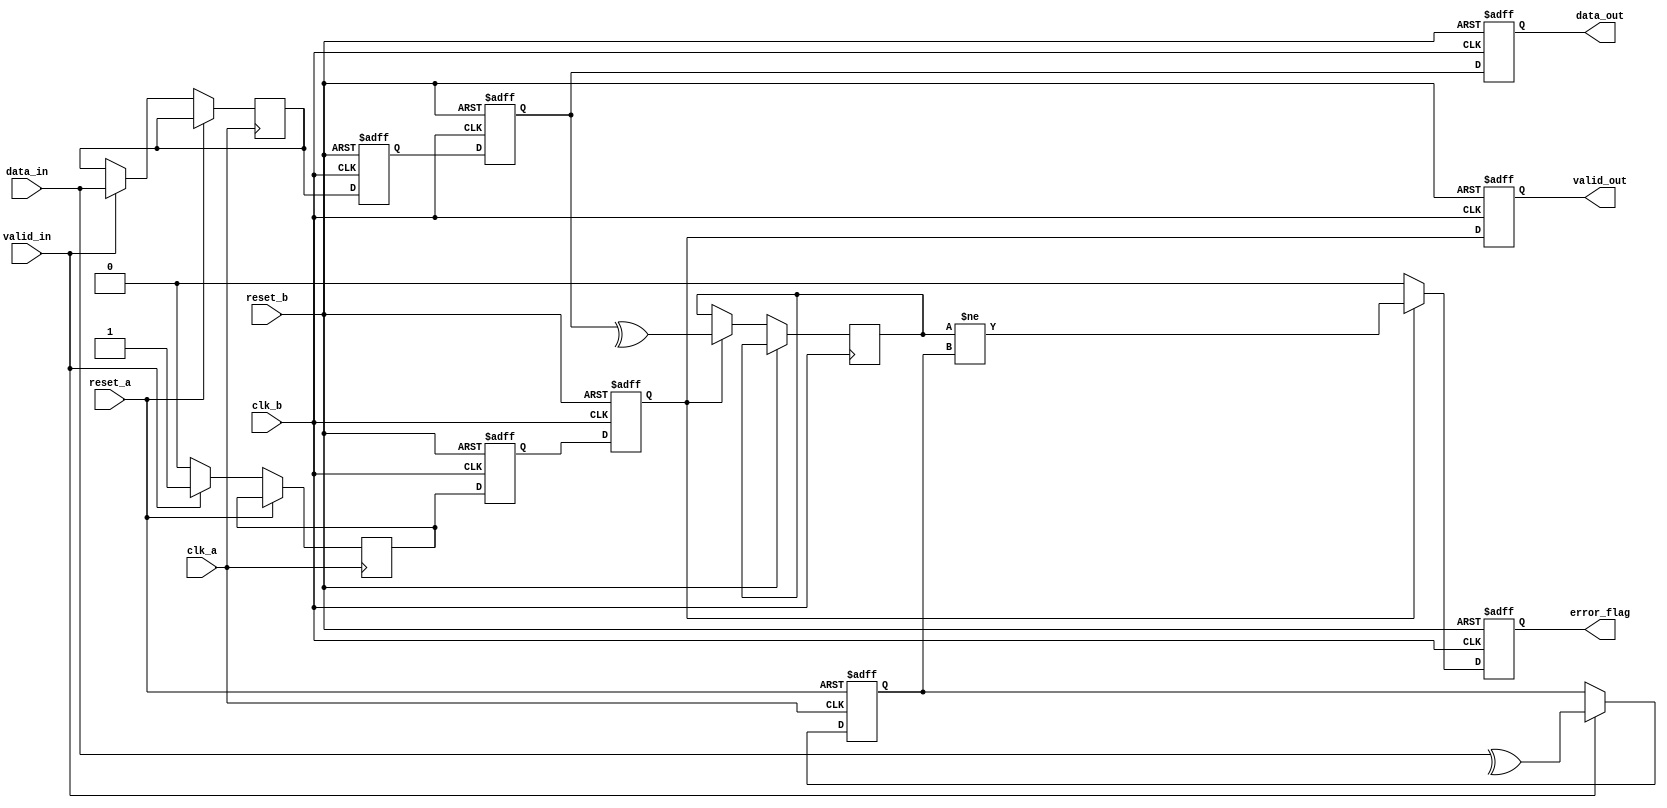
module cdc_with_error_detection #(
    parameter DATA_WIDTH = 8
)(
    input wire clk_a,                // Clock for Domain A
    input wire clk_b,                // Clock for Domain B
    input wire reset_a,              // Asynchronous reset for Domain A
    input wire reset_b,              // Asynchronous reset for Domain B
    input wire [DATA_WIDTH-1:0] data_in, // Data input from Domain A
    input wire valid_in,             // Valid signal from Domain A
    output reg [DATA_WIDTH-1:0] data_out, // Synchronized data output to Domain B
    output reg error_flag,           // Error flag output
    output reg valid_out             // Valid signal output to Domain B
);

    // Internal signals
    reg [DATA_WIDTH-1:0] data_buffer;
    reg parity_bit;
    reg parity_check;
    reg valid_buffer;
    
    // Generate parity bit in Domain A
    always @(posedge clk_a or posedge reset_a) begin
        if (reset_a) begin
            parity_bit <= 1'b0;
        end else if (valid_in) begin
            parity_bit <= ^data_in; // Calculate parity (even parity)
            data_buffer <= data_in;  // Store data for transfer
            valid_buffer <= 1'b1;     // Indicate valid data is ready
        end else begin
            valid_buffer <= 1'b0;     // Clear valid signal if no data
        end
    end

    // Dual-flop synchronizer in Domain B
    reg [DATA_WIDTH-1:0] sync_ff1;
    reg [DATA_WIDTH-1:0] sync_ff2;
    reg sync_valid_ff1;
    reg sync_valid_ff2;

    always @(posedge clk_b or posedge reset_b) begin
        if (reset_b) begin
            sync_ff1 <= 0;
            sync_ff2 <= 0;
            sync_valid_ff1 <= 0;
            sync_valid_ff2 <= 0;
            data_out <= 0;
            valid_out <= 0;
            error_flag <= 0;
        end else begin
            // Synchronize data and valid signal
            sync_ff1 <= data_buffer;
            sync_valid_ff1 <= valid_buffer;
            sync_ff2 <= sync_ff1;
            sync_valid_ff2 <= sync_valid_ff1;

            // Output data and valid signal
            data_out <= sync_ff2;
            valid_out <= sync_valid_ff2;

            // Error detection
            if (sync_valid_ff2) begin
                parity_check <= ^sync_ff2; // Calculate parity for received data
                error_flag <= (parity_check != parity_bit); // Check for parity error
            end else begin
                error_flag <= 0; // No error if valid signal is low
            end
        end
    end

endmodule